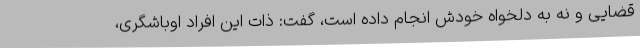
قضایی و نه به دلخواه خودش انجام داده است، گفت: ذات این افراد اوباشگری،